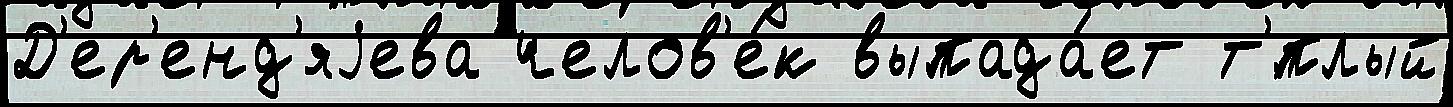
Д'ер'енд'яjева челов'е́к выпада́ет т'́плый